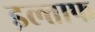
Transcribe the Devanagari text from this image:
इल्ताफ